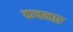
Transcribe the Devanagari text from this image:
कचनाए